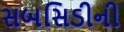
સબસિડીની